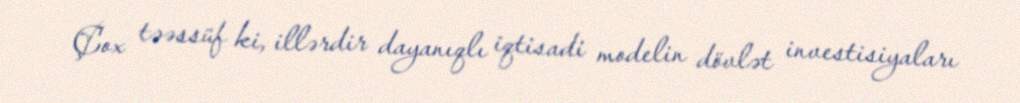
Çox təəssüf ki, illərdir dayanıqlı iqtisadi modelin dövlət investisiyaları